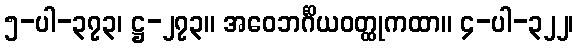
၅-ပါ-၃၇၃၊ ဋ္ဌ-၂၇၃။ အဝေဘင်္ဂိယဝတ္ထုကထာ။ ၄-ပါ-၃၂၂၊